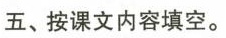
五、按课文内容填空。